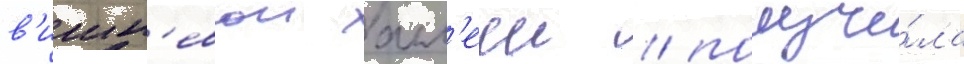
в'ишн'евои алл'ееи / получи́ла